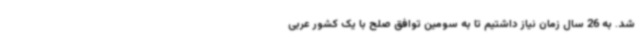
شد. به 26 سال زمان نیاز داشتیم تا به سومین توافق صلح با یک کشور عربی